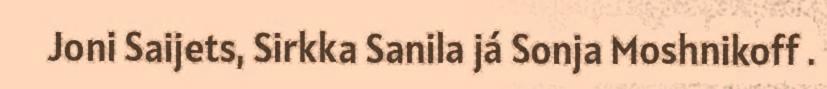
Joni Saijets, Sirkka Sanila já Sonja Moshnikoff .